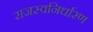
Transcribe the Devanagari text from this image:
राजस्वनिर्धारण